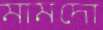
মামদো